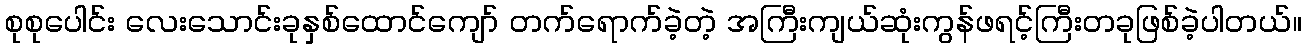
စုစုပေါင်း လေးသောင်းခုနှစ်ထောင်ကျော် တက်ရောက်ခဲ့တဲ့ အကြီးကျယ်ဆုံးကွန်ဖရင့်ကြီးတခုဖြစ်ခဲ့ပါတယ်။